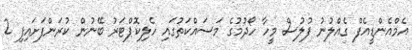
އެމްއެންޑީއެފް ގެއްލުނު ފުލުސް މީހާ ހޯދުމުގެ މަސައްކަތުގައި ހެލިކޮޕްޓަރު ބޭނުން ކުރަންފަށައިފި 2